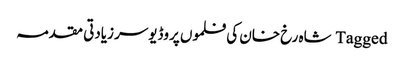
Tagged شاہ رخ خان کی فلموں پروڈیوسر زیادتی مقدمہ